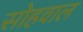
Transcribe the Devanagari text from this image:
सोहवाल